65_HS1-834228961_62-HQ-83894_Section_7
Agency: FBI
Page 107
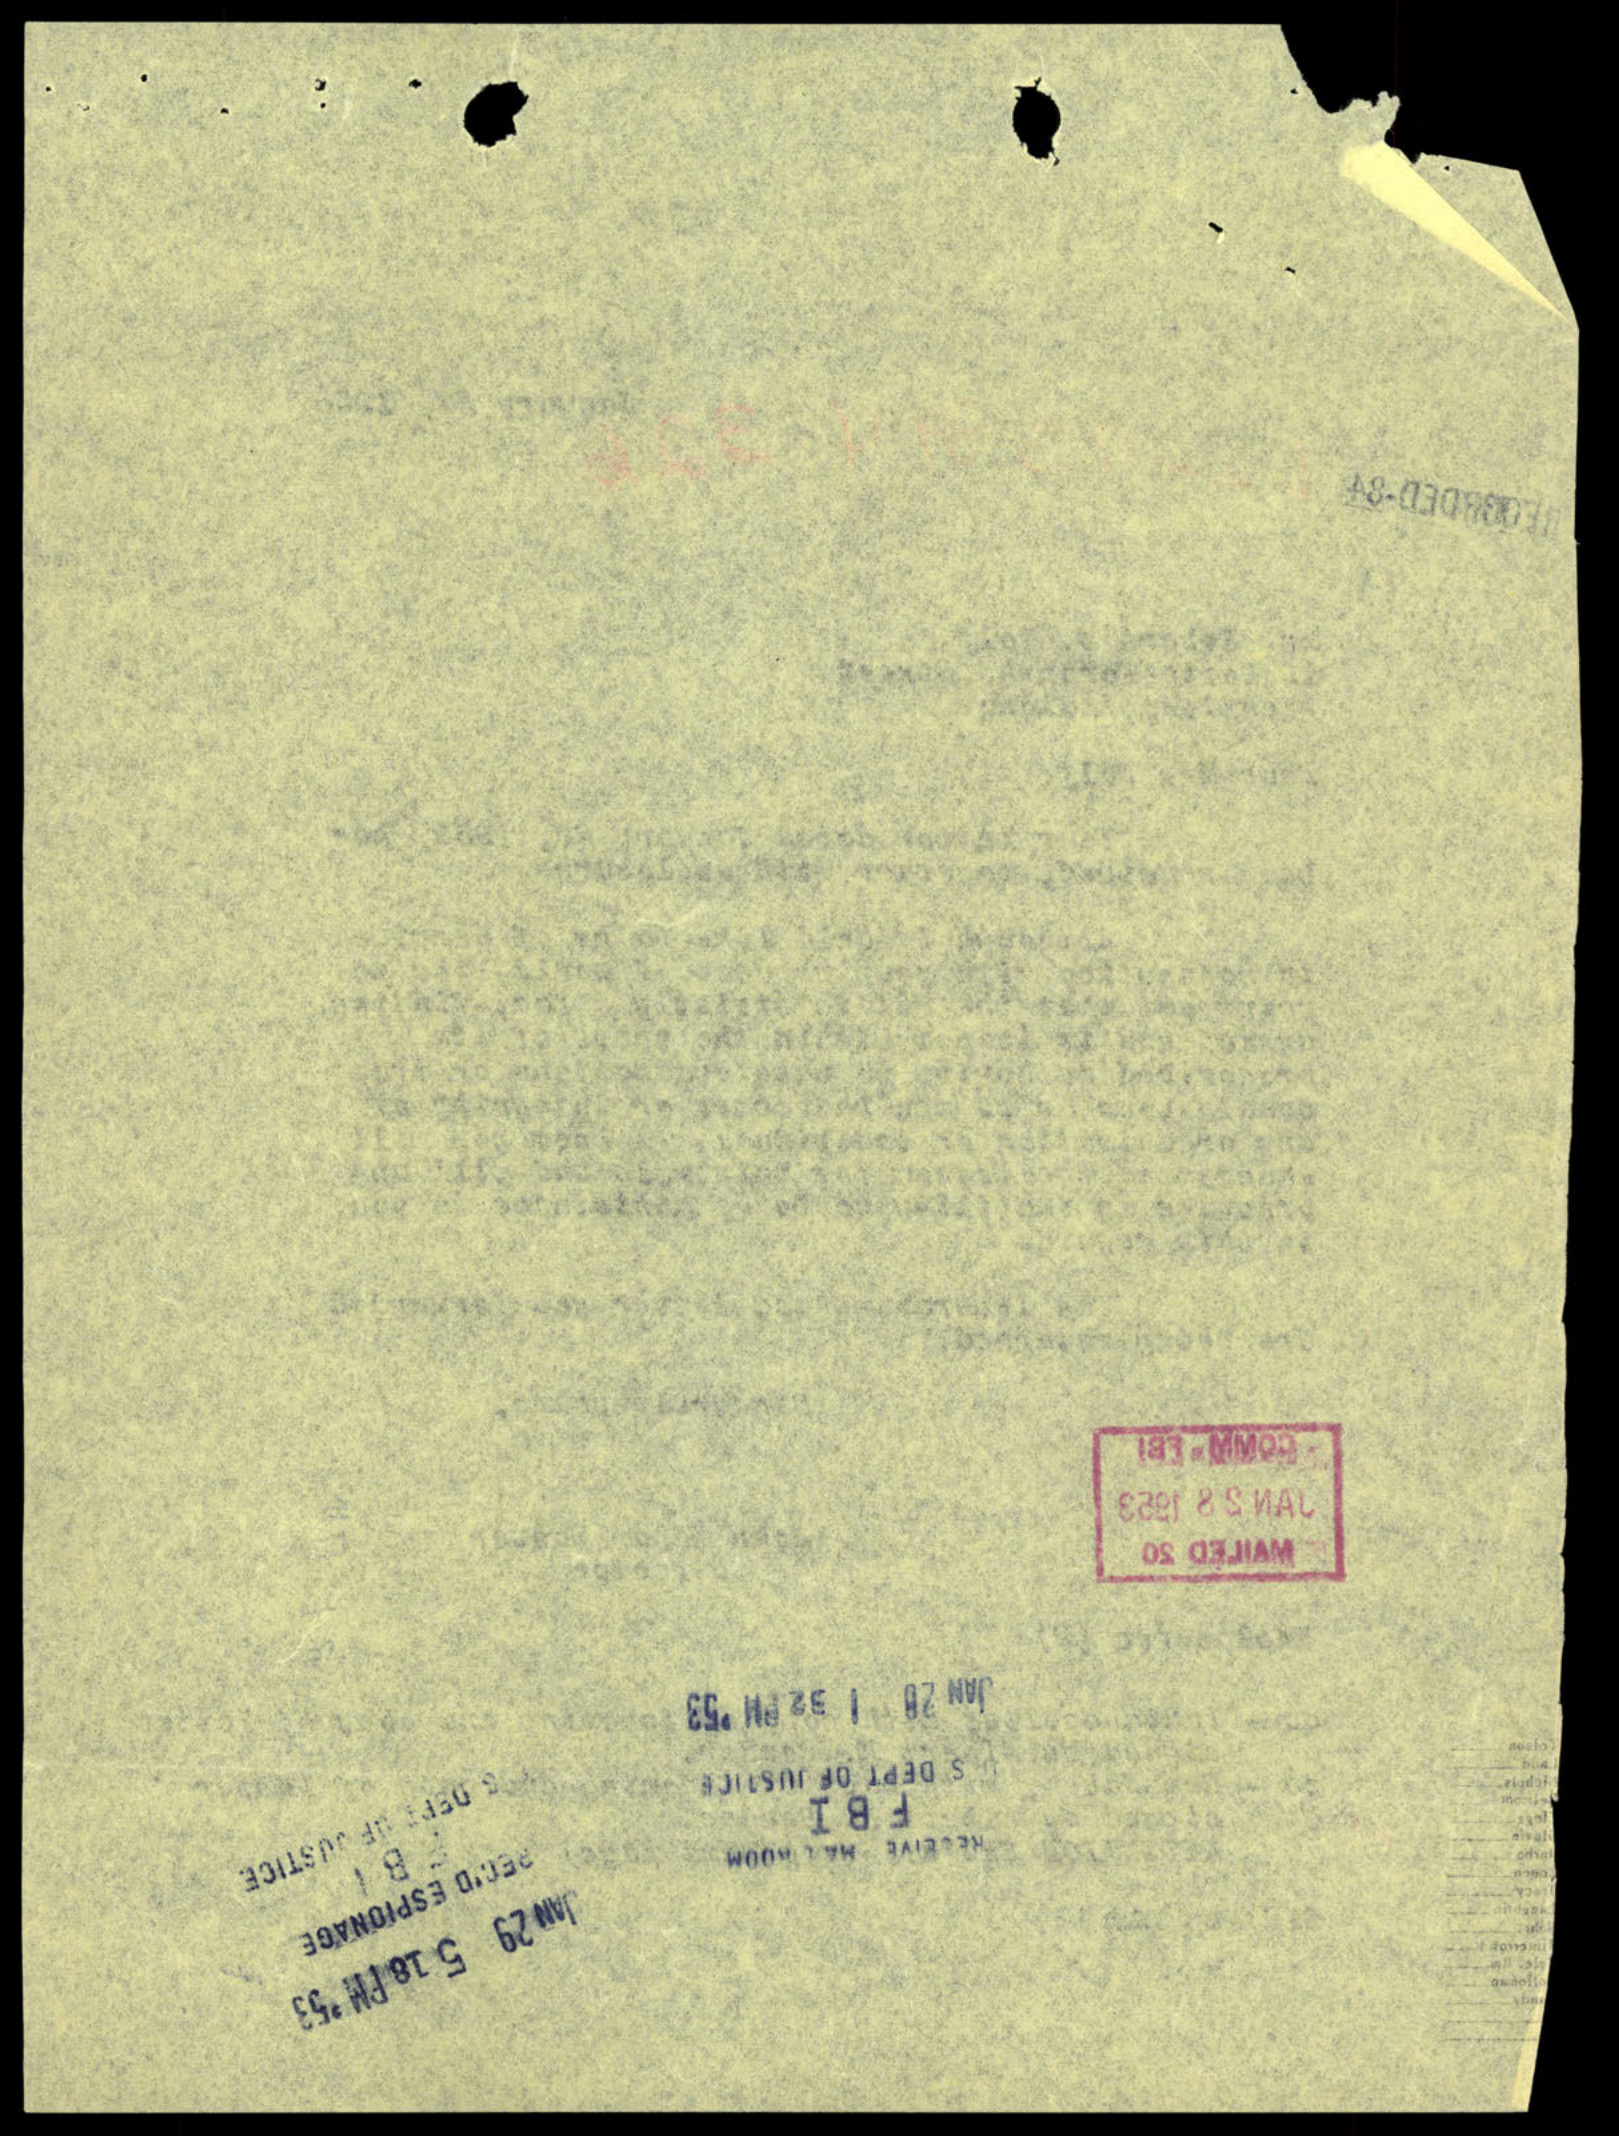